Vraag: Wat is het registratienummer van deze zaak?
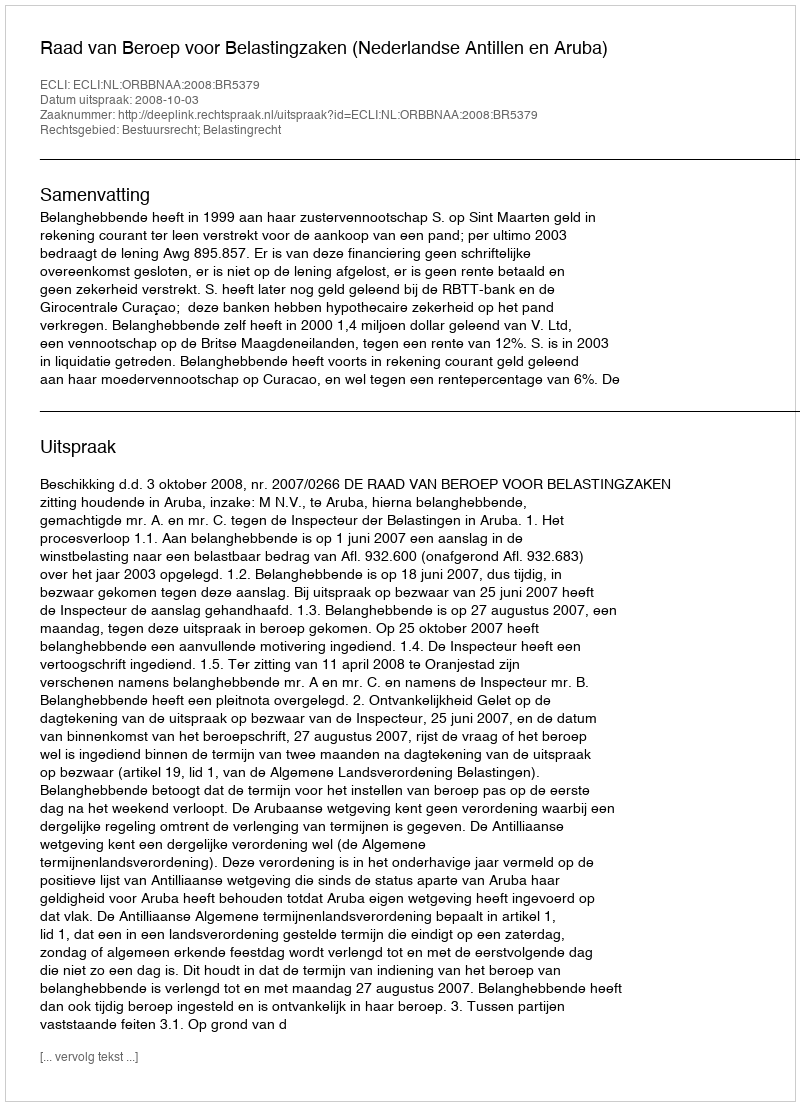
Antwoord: http://deeplink.rechtspraak.nl/uitspraak?id=ECLI:NL:ORBBNAA:2008:BR5379